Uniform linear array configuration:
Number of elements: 16
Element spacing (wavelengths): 0.25
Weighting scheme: hann
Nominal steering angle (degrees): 30
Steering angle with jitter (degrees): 28.638
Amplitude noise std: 0.05
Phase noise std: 0.05

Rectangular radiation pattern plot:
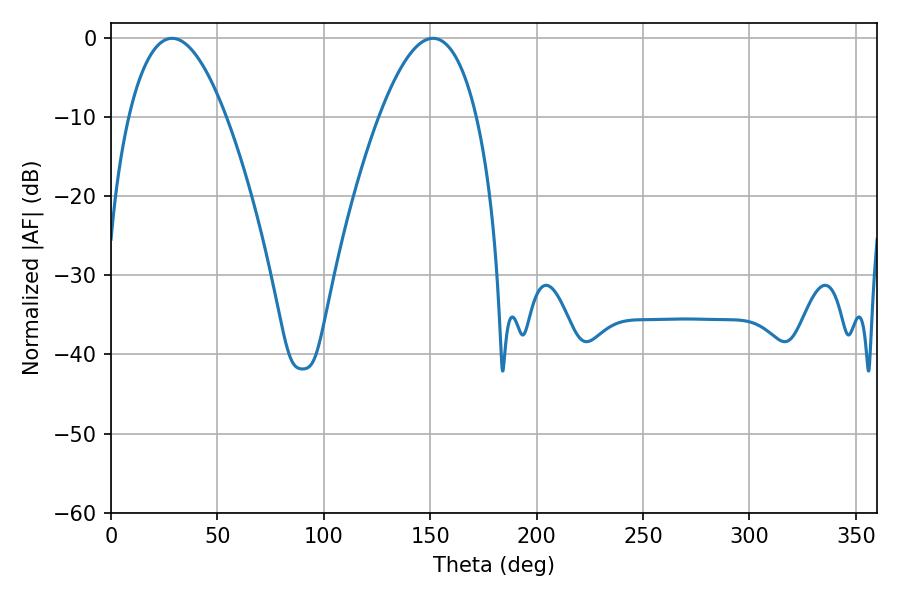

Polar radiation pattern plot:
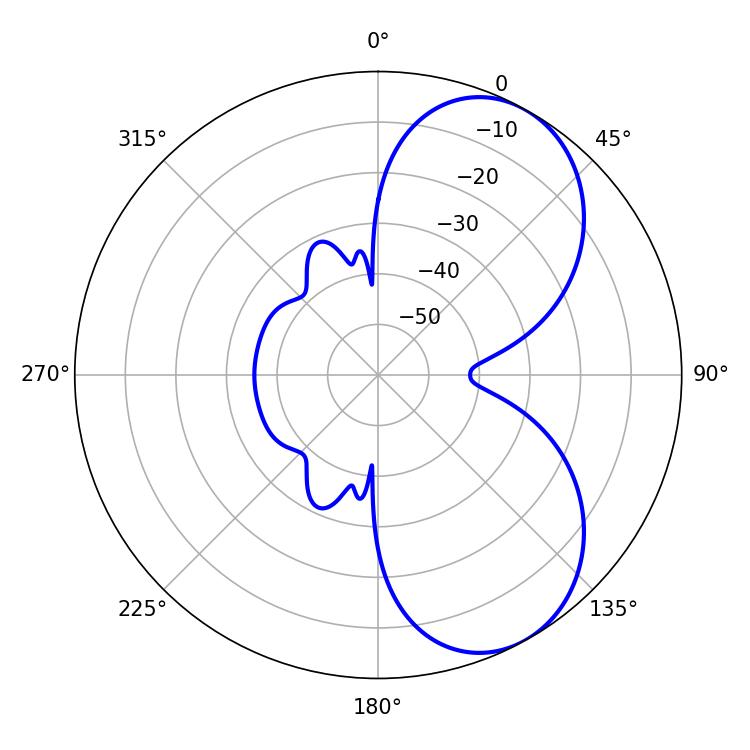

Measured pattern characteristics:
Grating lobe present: FALSE
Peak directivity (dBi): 6.321
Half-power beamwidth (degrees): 25.2
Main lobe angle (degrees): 28.62